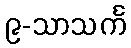
၉-သာသင်္က